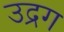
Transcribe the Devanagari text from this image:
उद्रग